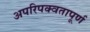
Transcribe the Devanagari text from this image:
अपरिपक्वतापूर्ण